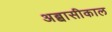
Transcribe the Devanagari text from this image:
अब्बासीकाल